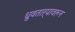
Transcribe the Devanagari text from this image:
ध्रुवताऱ्यावरून